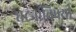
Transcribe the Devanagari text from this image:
घटनांविषयी